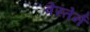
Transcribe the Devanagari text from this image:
वेस्तेर्न